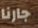
جارنا